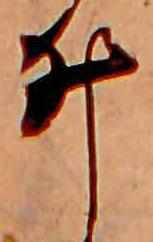
ゐ